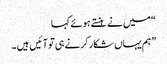
“ میں نے ہنستے ہوئے کہا
”ہم یہاں شکار کرنے ہی تو آئیں ہیں ۔